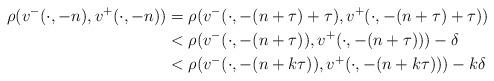
LaTeX: \begin{align*}\rho(v^-(\cdot,-n),v^+(\cdot,-n))&=\rho(v^-(\cdot,-(n+\tau)+\tau),v^+(\cdot,-(n+\tau)+\tau))\\&<\rho(v^-(\cdot,-(n+\tau)),v^+(\cdot,-(n+\tau)))-\delta\\&<\rho(v^-(\cdot,-(n+k\tau)),v^+(\cdot,-(n+k\tau)))-k\delta\end{align*}